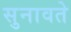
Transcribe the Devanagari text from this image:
सुनावते